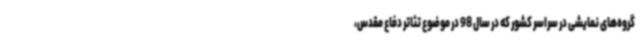
گروه‌های نمایشی در سراسر کشور که در سال 98 در موضوع تئاتر دفاع مقدس،